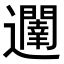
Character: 𮟥